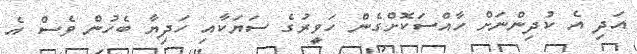
އަދި އެ ކުދިންނަށް ހާއްސަކޮށްގެން ހަވީރުގެ ސަޔަކާއި ހަދިޔާ ބެހުން ވެސް އެ